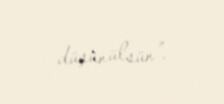
düşünülsün”.